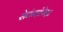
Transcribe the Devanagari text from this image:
सेकंदांपेक्षा